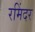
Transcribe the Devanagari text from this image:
रमिंदर